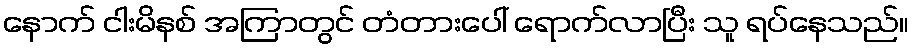
နောက် ငါးမိနစ် အကြာတွင် တံတားပေါ် ရောက်လာပြီး သူ ရပ်နေသည်။